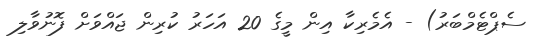
ސެޕްޓެމްބަރު) - އެމެރިކާ އިން މީގެ 20 އަހަރު ކުރިން ޖައްވަށް ފޮނުވާލި